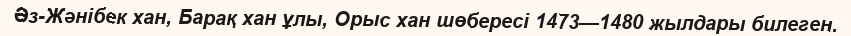
Әз-Жәнібек хан, Барақ хан ұлы, Орыс хан шөбересі 1473—1480 жылдары билеген.